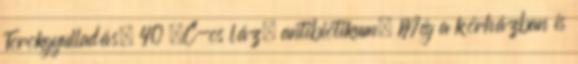
Torokgyulladás, 40 °C-os láz, antibiotikum. Még a kórházban is